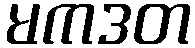
မကဒတ